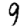
Digit: 9